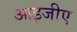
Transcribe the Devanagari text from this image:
आइजीए